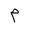
Letter: _mim